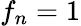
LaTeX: f_{n}=1